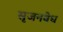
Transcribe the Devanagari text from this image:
सृजनवेध